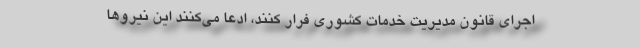
اجرای قانون مدیریت خدمات کشوری فرار کنند، ادعا می‌کنند این نیروها